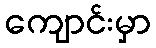
ကျောင်းမှာ